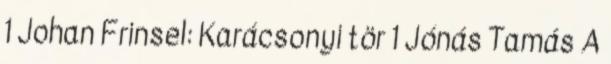
1 Johan Frinsel: Karácsonyi tör 1 Jónás Tamás A